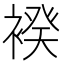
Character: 䙆